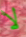
لا